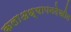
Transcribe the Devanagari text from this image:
कलाअध्यापनदेखील